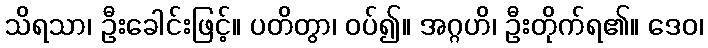
သိရသာ၊ ဦးခေါင်းဖြင့်။ ပတိတွာ၊ ဝပ်၍။ အဂ္ဂဟိ၊ ဦးတိုက်ရ၏။ ဒေဝ၊